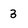
Character: 3